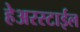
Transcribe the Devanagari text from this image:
हेअरस्टाईल